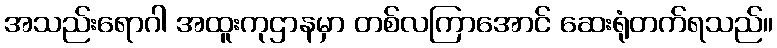
အသည်းရောဂါ အထူးကုဌာနမှာ တစ်လကြာအောင် ဆေးရုံတက်ရသည်။